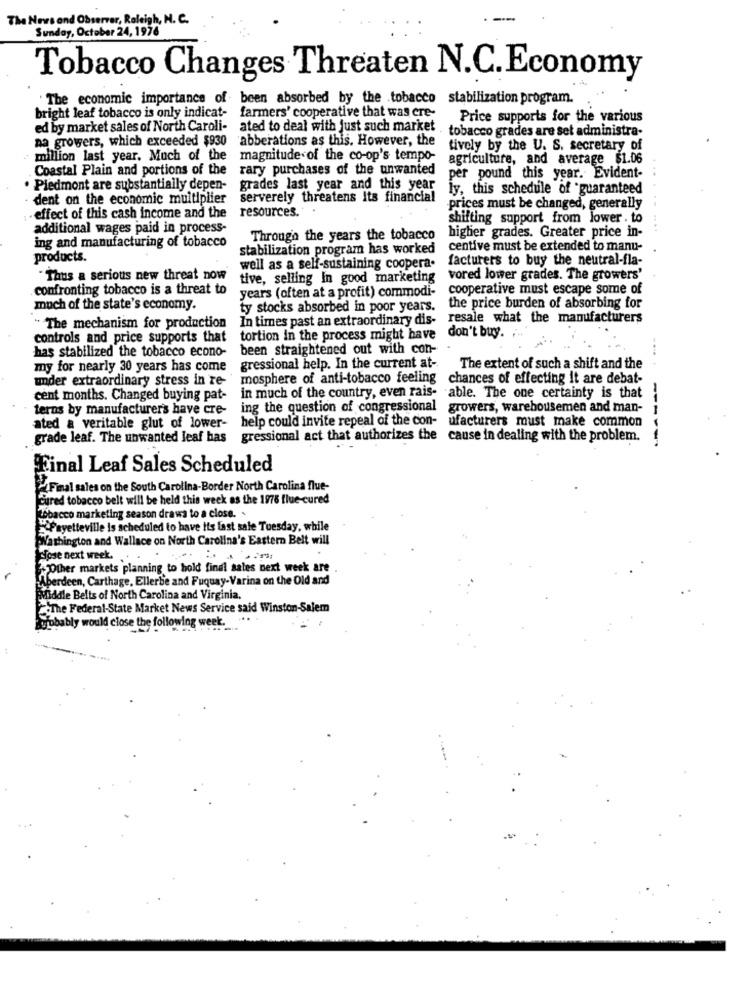
The News and Observer, Raleigh, N. C.
Sunday, October 24, 1976
Tobacco Changes Threaten N.C.Economy
The economic importance of been absorbed by the tobacco stabilization program.
bright leaf tobacco is only indicat- farmers' cooperative that was ere-
Price supports for the various
ed by market sales of North Caroli-
ated to deal with just such market
tobacco grades are set administra-
na growers, which exceeded $930 abberations as this. However, the
tively by the U. S. secretary of
million last year. Much of the
magnitude of the co-op's tempo-
agriculture, and average $1.06
Coastal Plain and portions of the
rary purchases of the unwanted
per pound this year. Evident-
. Piedmont are substantially depen-
grades last year and this year
ly, this schedule of guaranteed
- dent on the economic multiplier
serverely threatens its financial
resources.
prices must be changed, generally
effect of this cash income and the
shifting support from lower . to
additional wages paid in process-
higher grades. Greater price in-
ing and manufacturing of tobacco
Through the years the tobacco
stabilization program has worked
centive must be extended to manu-
products.
facturers to buy the neutral-fla-
well as a self-sustaining coopera.
"Thus a serious new threat now
tive, selling In good marketing
vored lower grades. The growers'
confronting tobacco is a threat to
years (often at a profit) commodi-
cooperative must escape some of
much of the state's economy.
ty stocks absorbed in poor years.
the price burden of absorbing for
In times past an extraordinary dis- resale what the manufacturers
" The mechanism for production
don't buy.
controls and price supports that
tortion in the process might have
has stabilized the tobacco econo-
been straightened out with con-
---.
my for nearly 30 years has come gressional help. In the current at-
The extent of such a shift and the
under extraordinary stress in re-
mosphere of anti-tobacco feeling
chances of effecting it are debat-
cent months. Changed buying pat-
in much of the country, even rais- able. The one certainty is that
terns by manufacturer's have cre-
ing the question of congressional
growers, warehousemen and man-
ated a veritable glut of lower-
help could invite repeal of the con-
ufacturers must make common
grade leaf. The unwanted leaf has gressional act that authorizes the cause in dealing with the problem.
Final Leaf Sales Scheduled
Final sales on the South Carolina-Border North Carolina flue-
cured tobacco belt will be held this week as the 1975 flue-cured
26bacco marketing season draws to a close. .
Fayetteville is scheduled to have its last sale Tuesday, while
Washington and Wallace on North Carolina's Eastern Belt will
Welose next week.
Other markets planning to hold final sales next week are
Aberdeen, Carthage, Ellerbe and Fuquay-Varina on the Old and
Pifiddle Belts of North Carolina and Virginia.
The Federal-State Market News Service said Winston-Salem
Rupbably would close the following week.